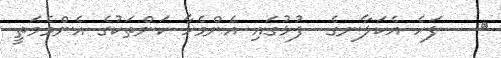
٢   ފަހެ އެކަލާނގެ  ފުޅުގައި އެންމެހާ ކަންތަކުގެ އެންމެމަތީ